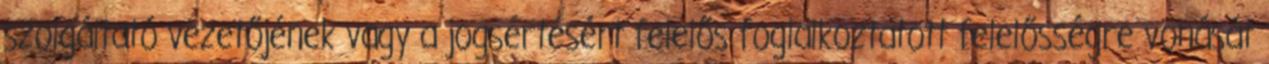
szolgáltató vezetőjének vagy a jogsértésért felelős foglalkoztatott felelősségre vonását